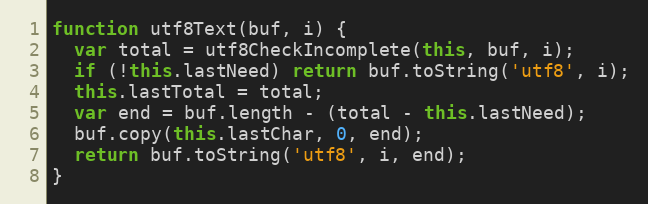
Language: JavaScript
function utf8Text(buf, i) {
  var total = utf8CheckIncomplete(this, buf, i);
  if (!this.lastNeed) return buf.toString('utf8', i);
  this.lastTotal = total;
  var end = buf.length - (total - this.lastNeed);
  buf.copy(this.lastChar, 0, end);
  return buf.toString('utf8', i, end);
}